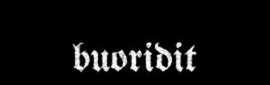
buoridit